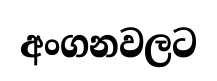
අංගනවලට